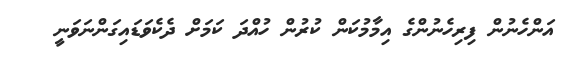
އަންހެނުން ފިރިހެނުންގެ އިމާމުކަން ކުރުން ހުއްދަ ކަމަށް ދެކެވަޑައިގަންނަވަނީ